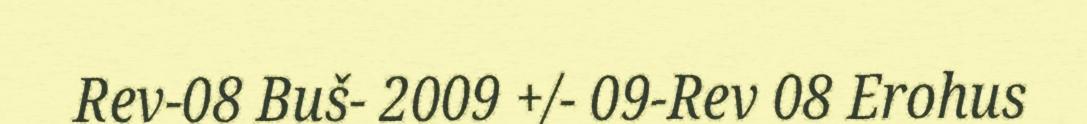
Rev-08 Buš- 2009 +/- 09-Rev 08 Erohus